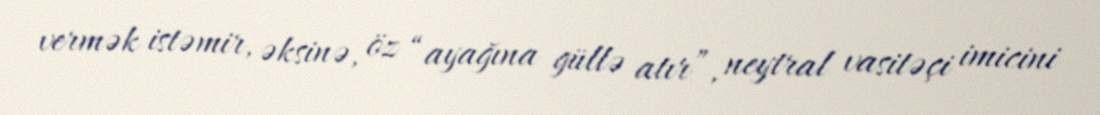
vermək istəmir, əksinə, öz “ayağına güllə atır”, neytral vasitəçi imicini